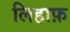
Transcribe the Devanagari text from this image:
लिहाफ़